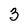
Character: 3